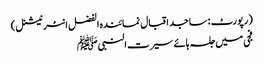
(رپورٹ : ساجد اقبال نمائندہ الفضل انٹر نیشنل )
فجی میں جلسہ ہائے سیرت النبیﷺ